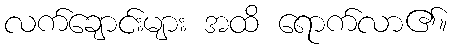
လက်ချောင်းများ အထိ ရောက်လာ၏။